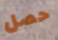
حصل